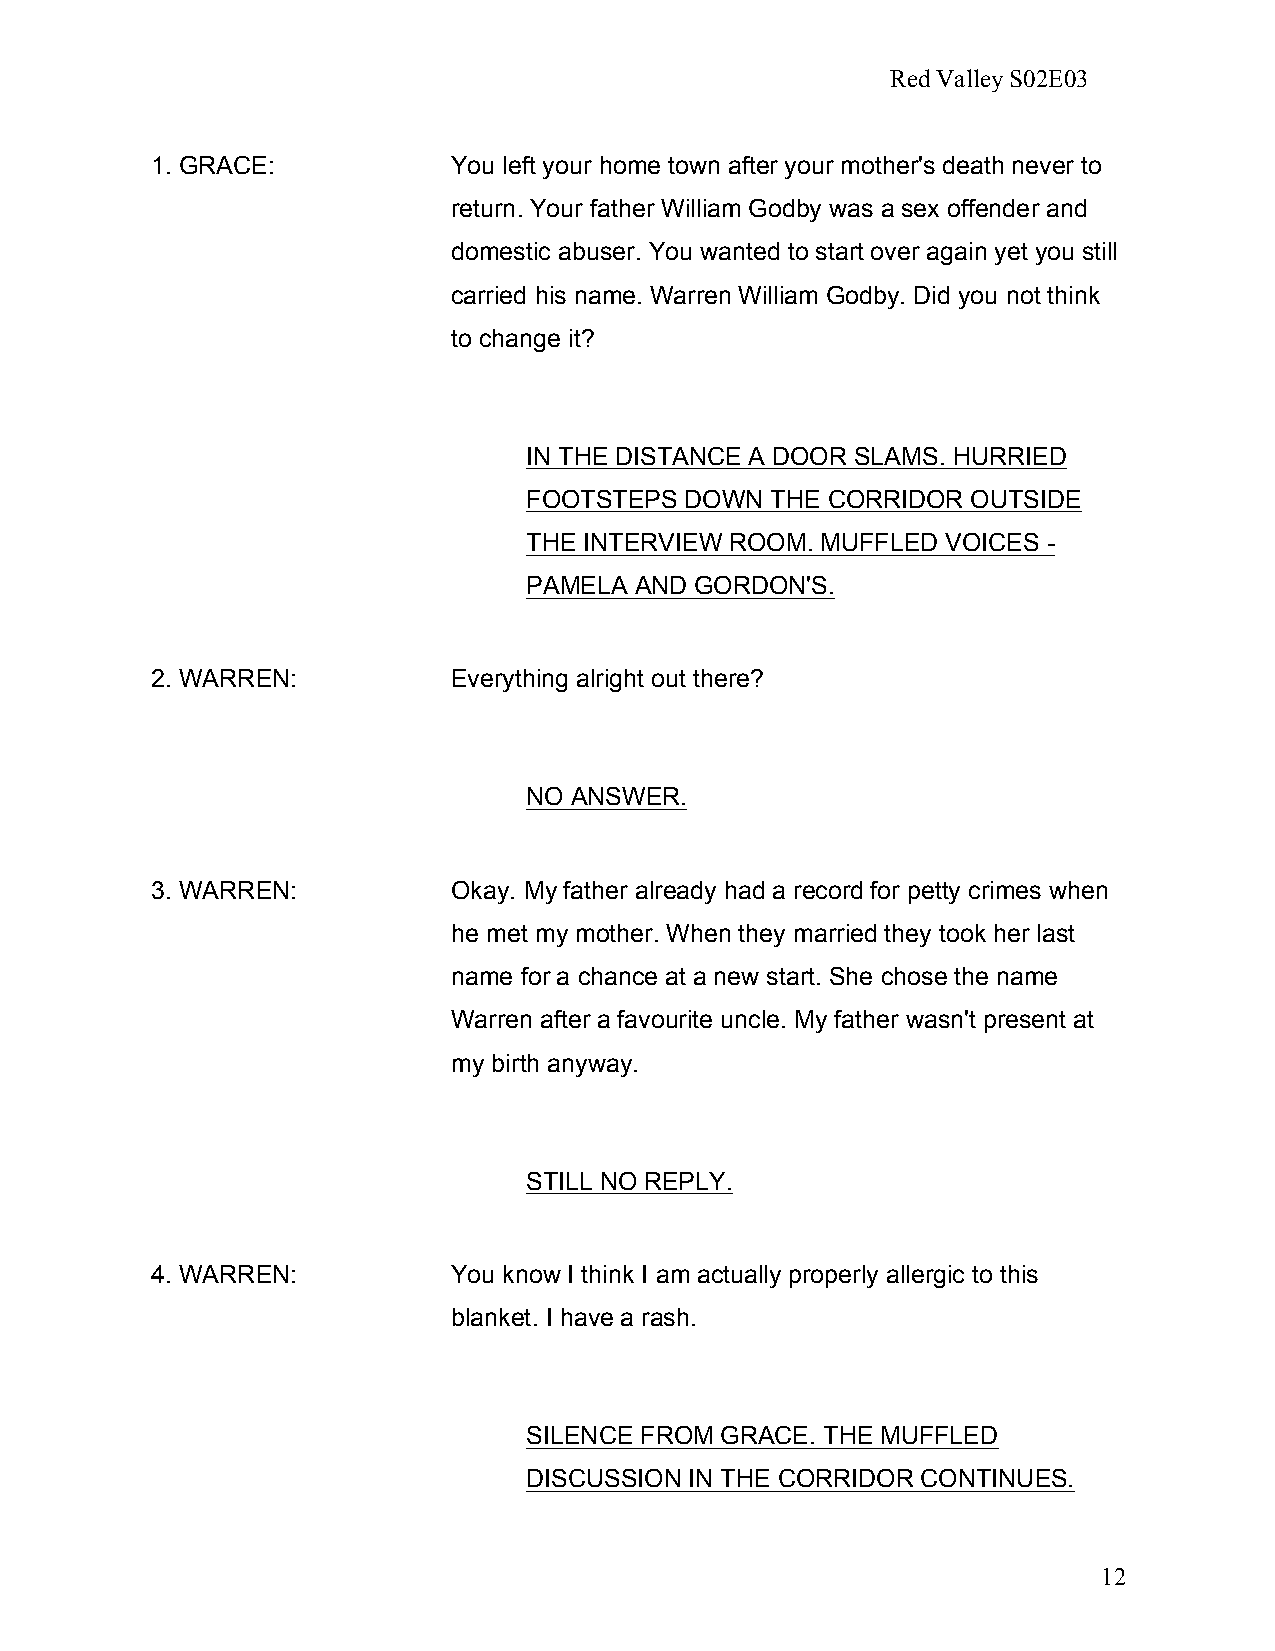
Red Valley S02E03
 1. GRACE:           You left your home town after your mother's death never to
 return. Your father William Godby was a sex offender and
 domestic abuser. You wanted to start over again yet you still
 carried his name. Warren William Godby. Did you not think
 to change it?
 IN THE DISTANCE A DOOR SLAMS. HURRIED
 FOOTSTEPS DOWN  THE CORRIDOR OUTSIDE
 THE INTERVIEW ROOM. MUFFLED VOICES -
 PAMELA AND GORDON'S.
 2. WARREN:          Everything alright out there?
 NO ANSWER.
 3. WARREN:          Okay. My father already had a record for petty crimes when
 he met my mother. When they married they took her last
 name for a chance at a new start. She chose the name
 Warren after a favourite uncle. My father wasn't present at
 my birth anyway.
 STILL NO REPLY.
 4. WARREN:          You know I think I am actually properly allergic to this
 blanket. I have a rash.
 SILENCE FROM GRACE. THE MUFFLED
 DISCUSSION IN THE CORRIDOR CONTINUES.
 12